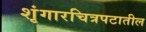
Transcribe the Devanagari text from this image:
शृंगारचित्रपटातील